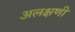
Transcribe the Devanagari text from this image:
अलक्षणी